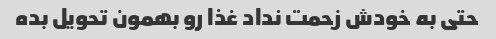
حتی به خودش زحمت نداد غذا رو بهمون تحویل بده